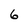
Character: 6